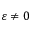
\varepsilon \neq 0